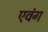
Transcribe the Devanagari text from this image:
एवंग